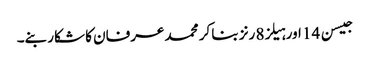
جیسن 14 اور ہیلز8 رنز بنا کر محمد عرفان کا شکار بنے۔